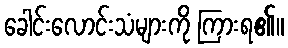
ခေါင်းလောင်းသံများကို ကြားရ၏။